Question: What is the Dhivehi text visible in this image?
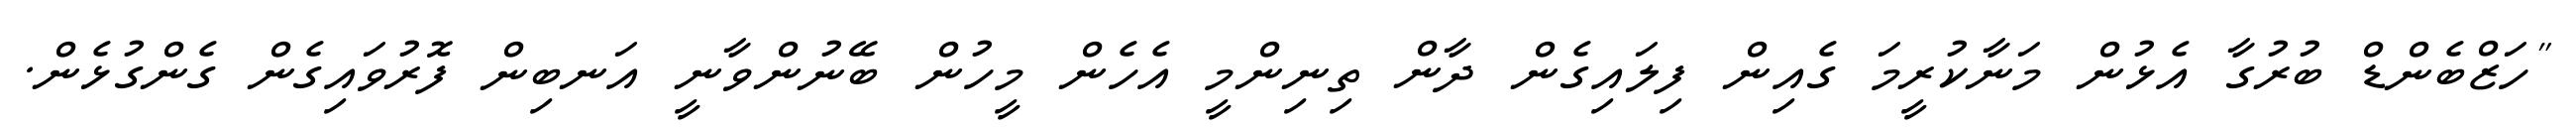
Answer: "ހަޒްބެންޑް ބުރުގާ އެޅުން މަނާކުރީމަ ގެއިން ފިލައިގެން ދާން ތިނިންމީ އެހެން މީހުން ބޭނުންވާނީ އަނބިން ފޮރުވައިގެން ގެންގުޅެން.